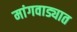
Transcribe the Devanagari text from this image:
मांगवाड्यात